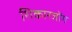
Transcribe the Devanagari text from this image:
शिकारजोंग